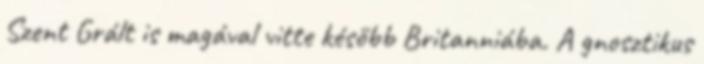
Szent Grált is magával vitte később Britanniába. A gnosztikus